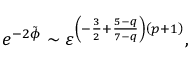
e ^ { - 2 \tilde { \phi } } \sim \varepsilon ^ { \left( - \frac { 3 } { 2 } + \frac { 5 - q } { 7 - q } \right) \left( p + 1 \right) } ,